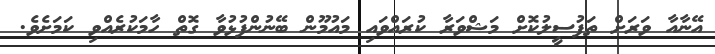
އޭނާއާ ވަރަށް ތަފުސީލުކޮށް މަޝްވަރާ ކުރައްވައި މައުމޫން ބޭނުންފުޅުވާ ގޮތް ހާމަކުރެއްވި ކަމަށެވެ.